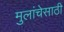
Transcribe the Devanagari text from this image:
मुलांचेसाठी